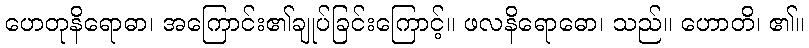
ဟေတုနိရောဓာ၊ အကြောင်း၏ချုပ်ခြင်းကြောင့်။ ဖလနိရောဓော၊ သည်။ ဟောတိ၊ ၏။